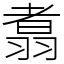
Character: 翥